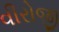
વીરોજી